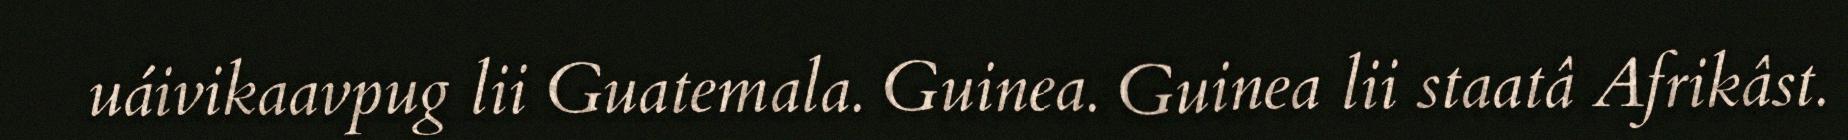
uáivikaavpug lii Guatemala. Guinea. Guinea lii staatâ Afrikâst.